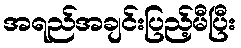
အရည်အချင်းပြည့်မီပြီး